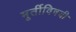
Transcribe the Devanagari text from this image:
मूर्तीविषयी